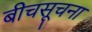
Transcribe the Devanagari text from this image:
बीचसूचना